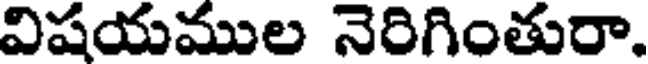
విషయముల నెరిగింతురా.